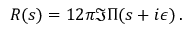
R ( s ) = 1 2 \pi \Im \Pi ( s + i \epsilon ) \, .